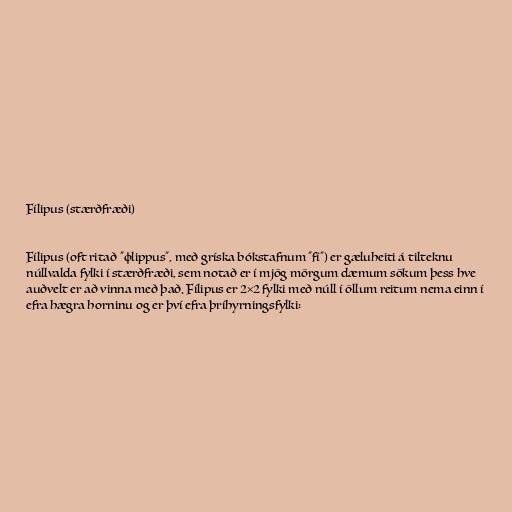
Fílipus (stærðfræði)

Fílipus (oft ritað "φlippus", með gríska bókstafnum "fí") er gæluheiti á tilteknu
núllvalda fylki í stærðfræði, sem notað er í mjög mörgum dæmum sökum þess hve
auðvelt er að vinna með það. Fílipus er 2×2 fylki með núll í öllum reitum nema einn í
efra hægra horninu og er því efra þríhyrningsfylki: